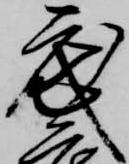
武